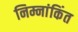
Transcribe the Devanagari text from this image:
निम्नांकिंत